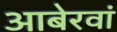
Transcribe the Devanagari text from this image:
आबेरवां